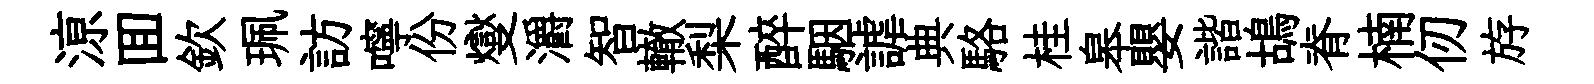
鿌囬欽珮訪嚀份燮灂智轍梨醉駰謔典駱桂皋嬰諧鴣脊楠仞斿